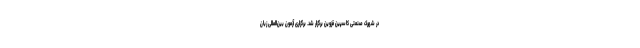
در شهرک صنعتی کاسپین قزوین برگزار شد. برگزاری آزمون بین‌المللی زبان